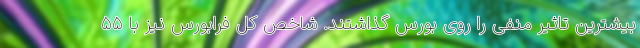
بیشترین تاثیر منفی را روی بورس گذاشتند. شاخص کل فرابورس نیز با ۵۵